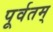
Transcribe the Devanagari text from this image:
पूर्वतम्